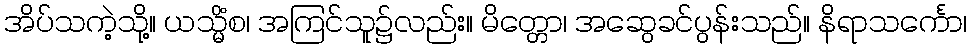
အိပ်သကဲ့သို့။ ယသ္မိံစ၊ အကြင်သူ၌လည်း။ မိတ္တော၊ အဆွေခင်ပွန်းသည်။ နိရာသင်္ကော၊